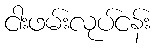
ငါးဖမ်းလုပ်ငန်း